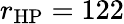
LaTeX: r_{\mathrm{{HP}}}=122